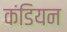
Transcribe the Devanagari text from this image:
कंडियन